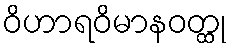
ဝိဟာရဝိမာနဝတ္ထု